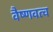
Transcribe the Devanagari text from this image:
वैष्णवत्व